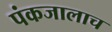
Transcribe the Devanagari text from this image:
पंकजालाच